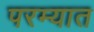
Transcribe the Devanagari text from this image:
परम्यात